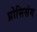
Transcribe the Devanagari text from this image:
प्रोसिसंग